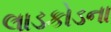
લાડકોડના